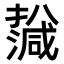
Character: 𤁙